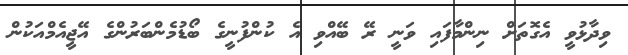
ވިދާޅުވީ އެގޮތަށް ނިންމާފައި ވަނީ ރޭ ބޭއްވި އެ ކުންފުނީގެ ބޯޑުމެންބަރުންގެ އޭޖީއެމްއަކުން